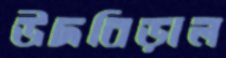
উদবিড়াল